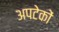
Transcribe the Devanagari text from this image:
अपटेकों